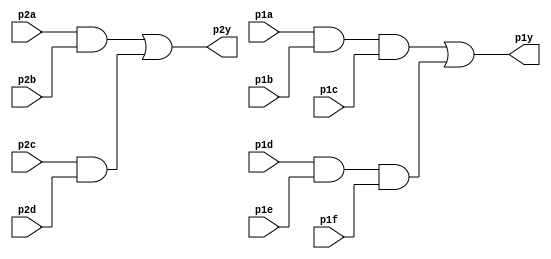
module top_module ( 
    input p1a, p1b, p1c, p1d, p1e, p1f,
    output p1y,
    input p2a, p2b, p2c, p2d,
    output p2y );

    wire ab2, cd2, abc1, def1;
    
    and and1(ab2, p2a, p2b);
    and and2(cd2, p2c, p2d);
    or or1(p2y, ab2, cd2);
    
    and and3(abc1, p1a, p1b, p1c);
    and and4(def1, p1d, p1e, p1f);
    or or2(p1y, abc1, def1);
    
endmodule